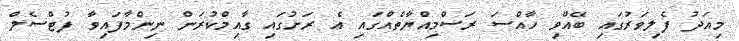
މިއަދު ފެލިވަރުގައި ބޭއްވި ހާއްސަ ރަސްމިއްޔާތެއްގައި އެ ރަށުގައި ގާއިމްކުރަން ނިންމާފައިވާ ފުޓްސެލް